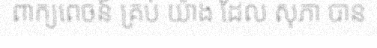
ពាក្យពេចន៍ គ្រប់ យ៉ាង ដែល សុភា បាន